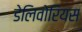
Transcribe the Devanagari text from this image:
डेलिवोरियस